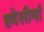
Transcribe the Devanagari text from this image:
हवेलीयां